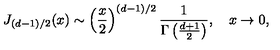
J _ { ( d - 1 ) / 2 } ( x ) \sim \left( { \frac { x } { 2 } } \right) ^ { ( d - 1 ) / 2 } { \frac { 1 } { \Gamma \left( { \frac { d + 1 } { 2 } } \right) } } , \quad x \to 0 ,